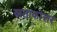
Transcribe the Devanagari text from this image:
स्नताकोत्तर